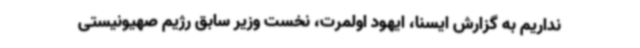
نداریم به گزارش ایسنا، ایهود اولمرت، نخست وزیر سابق رژیم صهیونیستی